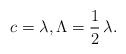
LaTeX: \begin{align*}c = \lambda, \Lambda = \frac{1}{2}\,\lambda.\end{align*}